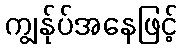
ကျွန်ုပ်အနေဖြင့်